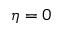
\eta = 0